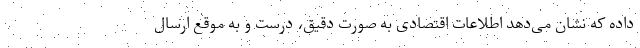
داده که نشان می‌دهد اطلاعات اقتصادی به صورت دقیق، درست و به موقع ارسال